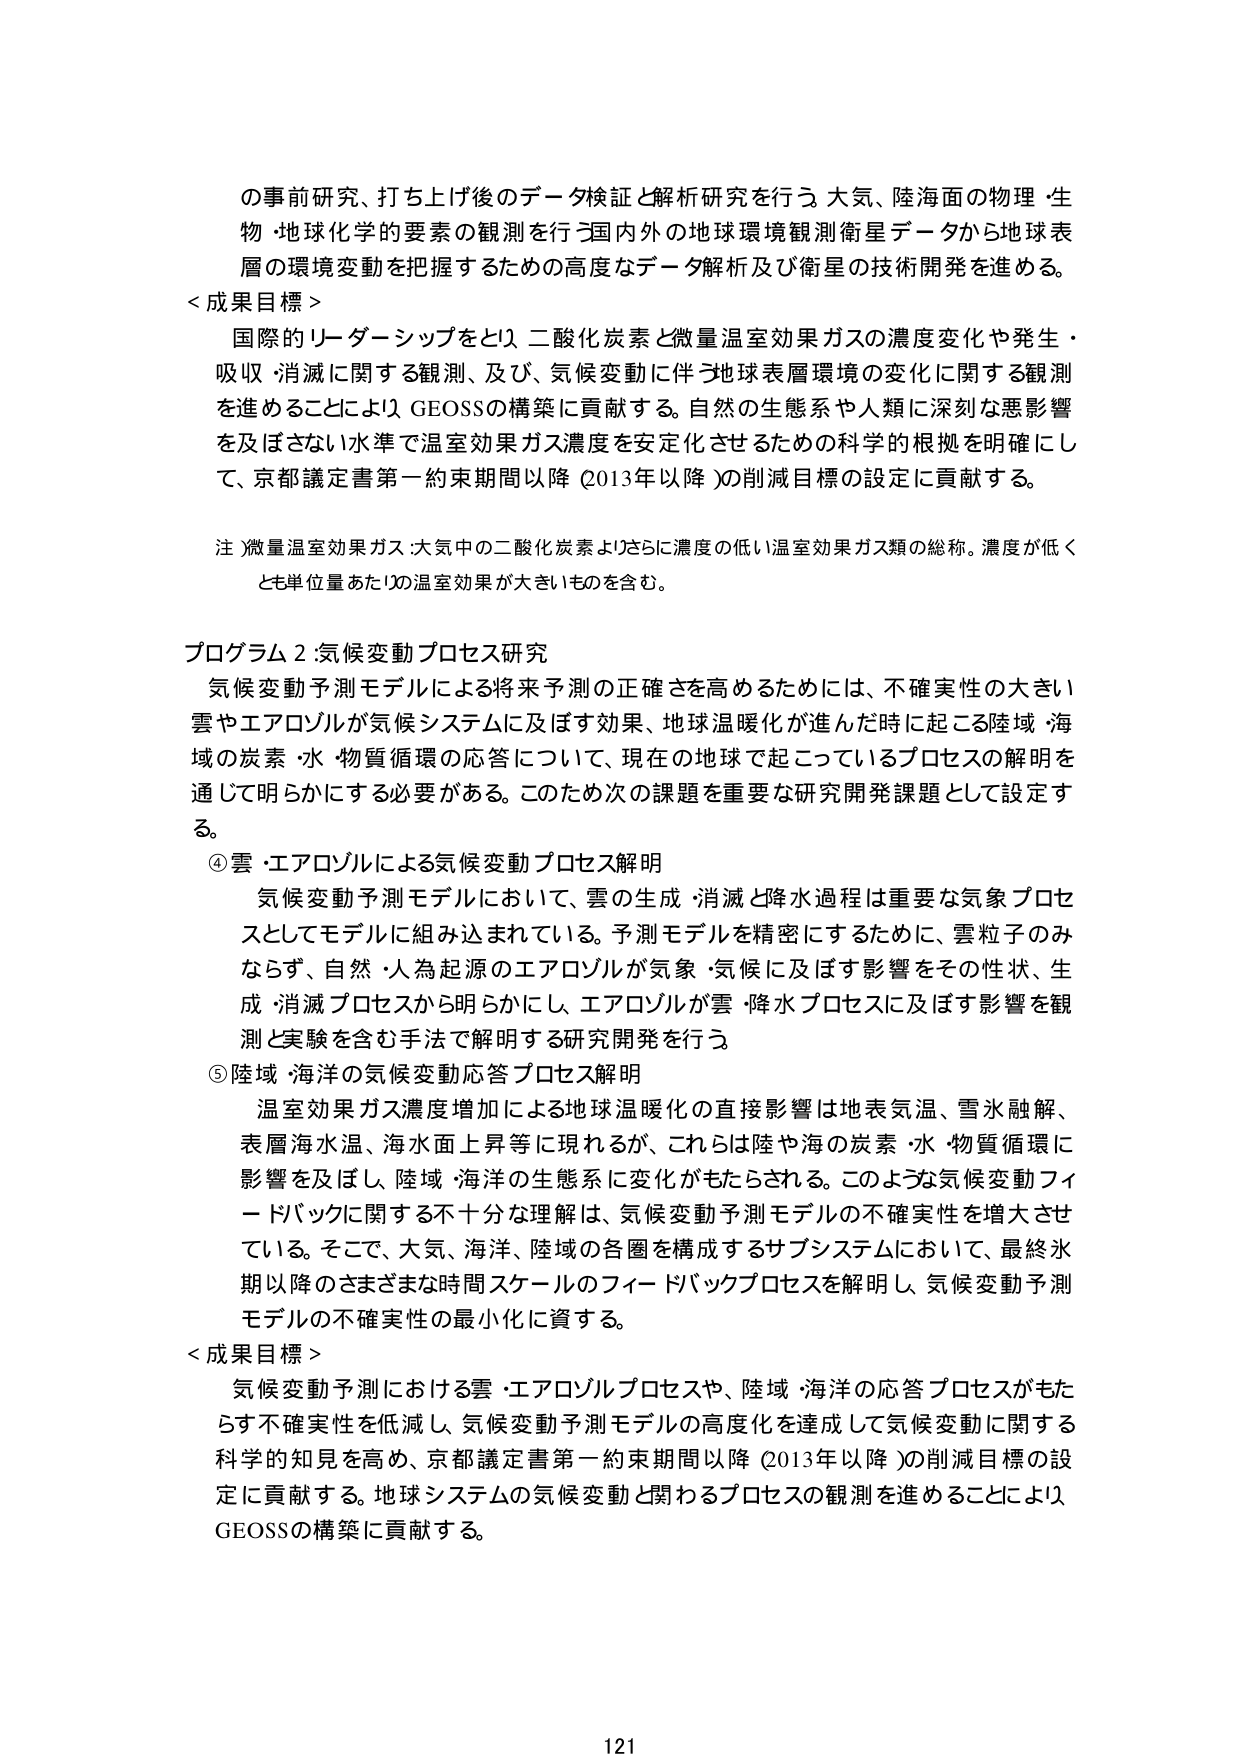
の事前研究、打ち上げ後のデータ検証と解析研究を行う。大気、陸海面の物理・生物・地球化学的要素の観測を行う。国内外の地球環境観測衛星データから地球表層の環境変動を把握するための高度なデータ解析及び衛星の技術開発を進める。

＜成果目標＞
国際的リーダーシップをとり、二酸化炭素と微量温室効果ガスの濃度変化や発生・吸収・消滅に関する観測、及び、気候変動に伴う地球表層環境の変化に関する観測を進めることにより、GEOSSの構築に貢献する。自然の生態系や人類に深刻な悪影響を及ぼさない水準で温室効果ガス濃度を安定化させるための科学的根拠を明確にして、京都議定書第一約束期間以降（2013年以降）の削減目標の設定に貢献する。

注 微量温室効果ガス：大気中の二酸化炭素よりさらに濃度の低い温室効果ガス類の総称。濃度が低くとも単位量あたりの温室効果が大きいものを含む。

プログラム2：気候変動プロセス研究
気候変動予測モデルによる将来予測の正確さを高めるためには、不確実性の大きい雲やエアロゾルが気候システムに及ぼす効果、地球温暖化が進んだ時に起こる陸域・海域の炭素・水・物質循環の応答について、現在の地球で起こっているプロセスの解明を通じて明らかにする必要がある。このため次の課題を重要な研究開発課題として設定する。

④ 雲・エアロゾルによる気候変動プロセス解明
気候変動予測モデルにおいて、雲の生成・消滅と降水過程は重要な気象プロセスとしてモデルに組み込まれている。予測モデルを精密にするために、雲粒子のみならず、自然・人為起源のエアロゾルが気象・気候に及ぼす影響をその性状、生成・消滅プロセスから明らかにし、エアロゾルが雲・降水プロセスに及ぼす影響を観測と実験を含む手法で解明する研究開発を行う。

⑤ 陸域・海洋の気候変動応答プロセス解明
温室効果ガス濃度増加による地球温暖化の直接影響は地表気温、雪氷融解、表層海水温、海面上昇等に現れるが、これらは陸や海の炭素・水・物質循環に影響を及ぼし、陸域・海洋の生態系に変化がもたらされる。このような気候変動フィードバックに関する不十分な理解は、気候変動予測モデルの不確実性を増大させている。そこで、大気、海洋、陸域の各圏を構成するサブシステムにおいて、最終氷期以降のさまざまな時間スケールのフィードバックプロセスを解明し、気候変動予測モデルの不確実性の最小化に資する。

＜成果目標＞
気候変動予測における雲・エアロゾルプロセスや、陸域・海洋の応答プロセスがもたらす不確実性を低減し、気候変動予測モデルの高度化を達成して気候変動に関する科学的知見を高め、京都議定書第一約束期間以降（2013年以降）の削減目標の設定に貢献する。地球システムの気候変動と関わるプロセスの観測を進めることにより、GEOSSの構築に貢献する。

121